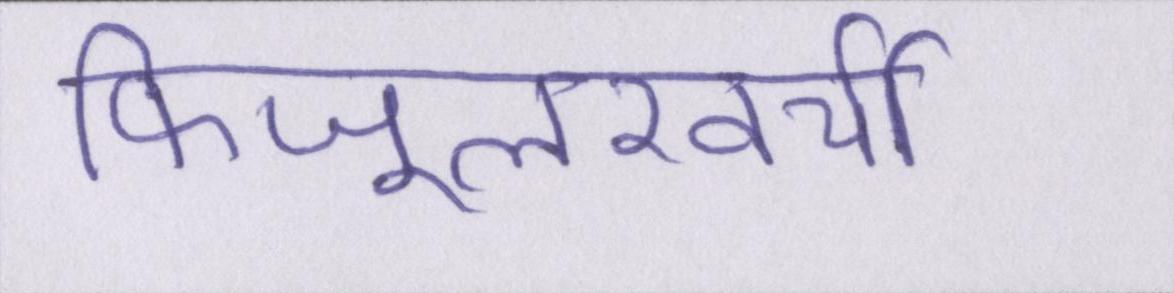
फिजूलखर्ची